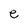
Character: e